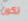
تكون